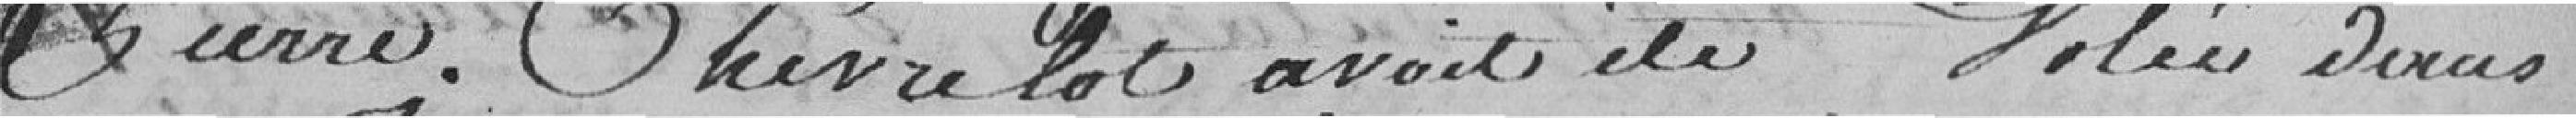
Pierre Cheverlot avait été volée dans